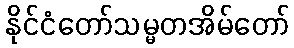
နိုင်ငံတော်သမ္မတအိမ်တော်